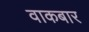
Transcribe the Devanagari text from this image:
वाकबार